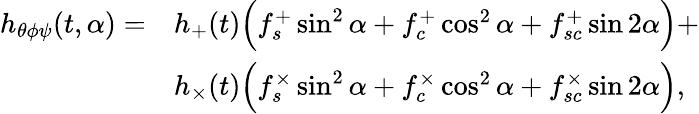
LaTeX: \begin{array}{rl}{h_{\theta\phi\psi}(t,\alpha)=}&{h_{+}(t)\Bigl(f_{s}^{+}\sin^{2}{\alpha}+f_{c}^{+}\cos^{2}{\alpha}+f_{sc}^{+}\sin{2\alpha}\Bigr)+}\\ &{h_{\times}(t)\Bigl(f_{s}^{\times}\sin^{2}{\alpha}+f_{c}^{\times}\cos^{2}{\alpha}+f_{sc}^{\times}\sin{2\alpha}\Bigr),}\end{array}